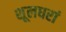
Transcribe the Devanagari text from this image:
शूलधरां